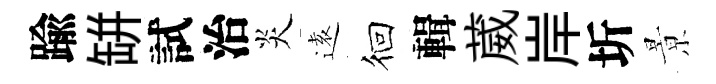
踰缾試治炎逺徊輯葳岸圻㬌